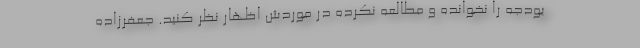
بودجه را نخوانده و مطالعه نکرده در موردش اظهار نظر کنید. جعفرزاده